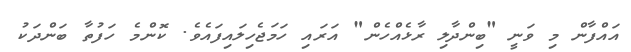
އައްފާން މި ވަނީ "ބިންދާލި ރާޅެއްހެން" އަރައި ހަމަޖެހިލައިފައެވެ. ކޮންމެ ހަފުތާ ބަންދަކު